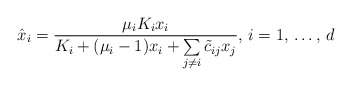
\begin{align*}\hat{x}_{i}=\frac{\mu_{i}K_{i}x_{i}}{K_{i}+(\mu _{i}-1)x_{i}+\sum\limits_{j\ne i} {\tilde{c}_{ij}x_{j}} },\thinspace i=1,\thinspace \mathellipsis ,\thinspace d\end{align*}